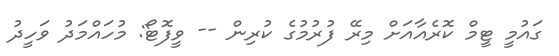
ގައުމީ ޓީމް ކޮރެއާއަށް މިރޭ ފުރުމުގެ ކުރިން -- ވީފޮޓޯ: މުހައްމަދު ވަހީދު